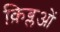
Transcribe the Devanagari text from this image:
क़िब्लओं